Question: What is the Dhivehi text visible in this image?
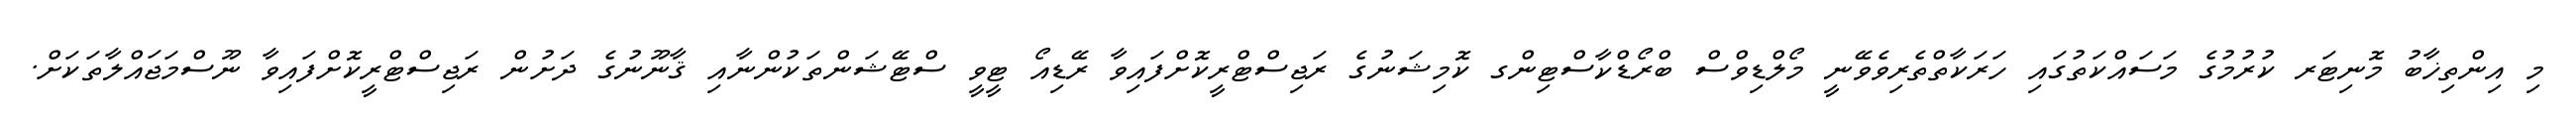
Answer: މި އިންތިޚާބު މޮނިޓަރ ކުރުމުގެ މަސައްކަތުގައި ހަރަކާތްތެރިވެވޭނީ މޯލްޑިވްސް ބްރޯޑްކާސްޓިންގ ކޮމިޝަނުގެ ރަޖިސްޓްރީކޮށްފައިވާ ރޭޑިއޯ ޓީވީ ސްޓޭޝަންތަކުންނާއި ޤާނޫނުގެ ދަށުން ރަޖިސްޓްރީކޮށްފައިވާ ނޫސްމަޖައްލާތަކަށް.